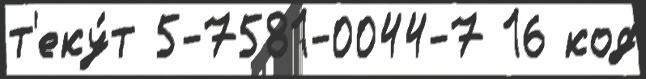
т'еку́т 5-7581-0044-7 16 код